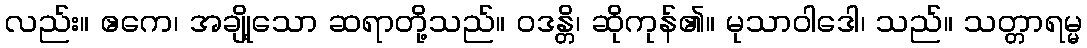
လည်း။ ဧကေ၊ အချို့သော ဆရာတို့သည်။ ဝဒန္တိ၊ ဆိုကုန်၏။ မုသာဝါဒေါ၊ သည်။ သတ္တာရမ္မ